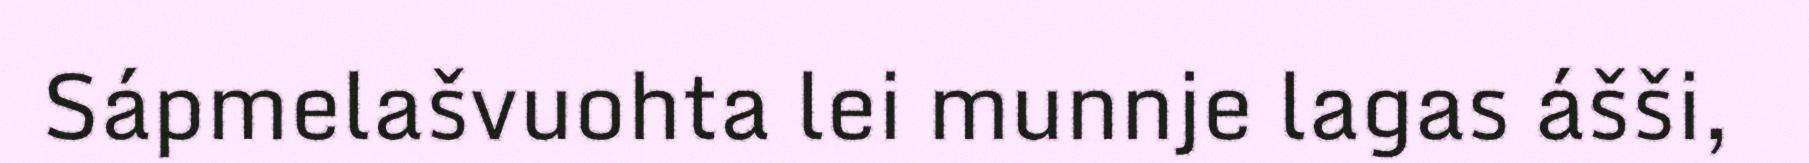
Sápmelašvuohta lei munnje lagas ášši,